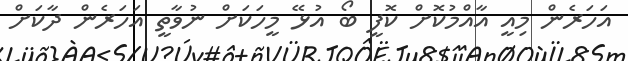
އަހަރެން މިއީ އާއްމުކޮށް ކޮފީ ބޯ އުޅޭ މީހަކަށް ނުވާތީ އަހަރެން ދާކަށް